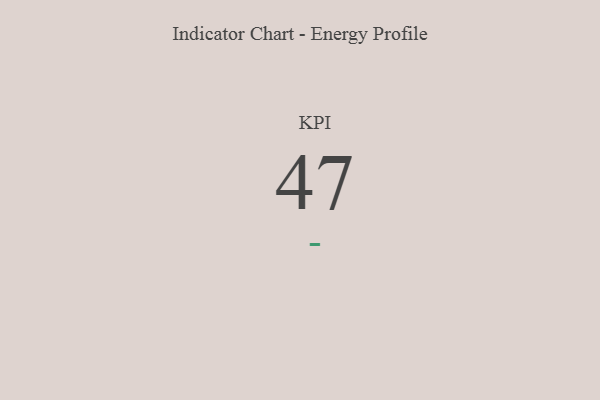
{"axis": {"x": "KPI", "y": "Value"}, "legend": [""], "data": [{"x": "KPI", "y": 47, "type": ""}]}